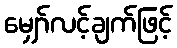
မျှော်လင့်ချက်ဖြင့်